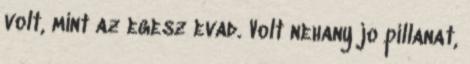
volt, mint az egesz evad. Volt nehany jo pillanat,